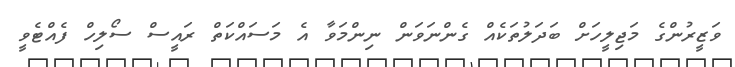
ވަޒީރުންގެ މަޖިލީހަށް ބަދަލުތަކެއް ގެންނަވަން ނިންމަވާ އެ މަސައްކަތް ރައީސް ސޯލިހް ފެއްޓެވީ